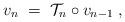
LaTeX: \begin{align*}v_n\;=\;\mathcal{T}_n\circ v_{n-1}\;,\end{align*}